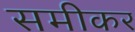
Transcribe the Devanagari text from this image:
समीकर